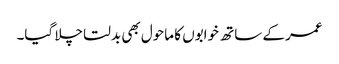
عمر کے ساتھ خوابوں کا ماحول بھی بدلتا چلا گیا۔